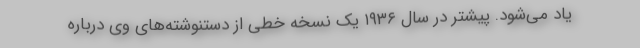
یاد می‌شود. پیشتر در سال ۱۹۳۶ یک نسخه خطی از دستنوشته‌های وی درباره